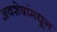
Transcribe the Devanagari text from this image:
अवशेषांमधून